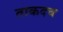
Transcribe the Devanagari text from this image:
ताकदच